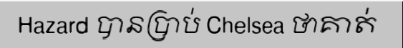
Hazard បានប្រាប់ Chelsea ថាគាត់